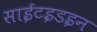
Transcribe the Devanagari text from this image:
साईटइडइन